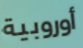
أوروبية